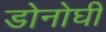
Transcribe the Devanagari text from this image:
डोनोघी